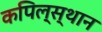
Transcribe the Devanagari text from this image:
कपिल्स्थान